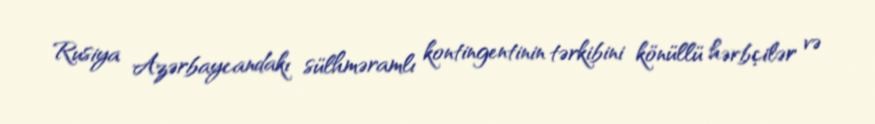
Rusiya Azərbaycandakı sülhməramlı kontingentinin tərkibini könüllü hərbçilər və